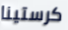
كرستينا